Report on inoculation in the plague infected areas of the Punjab and its dependencies from October 1900 to September 1901
Year: 1900
Disease focus: Plague
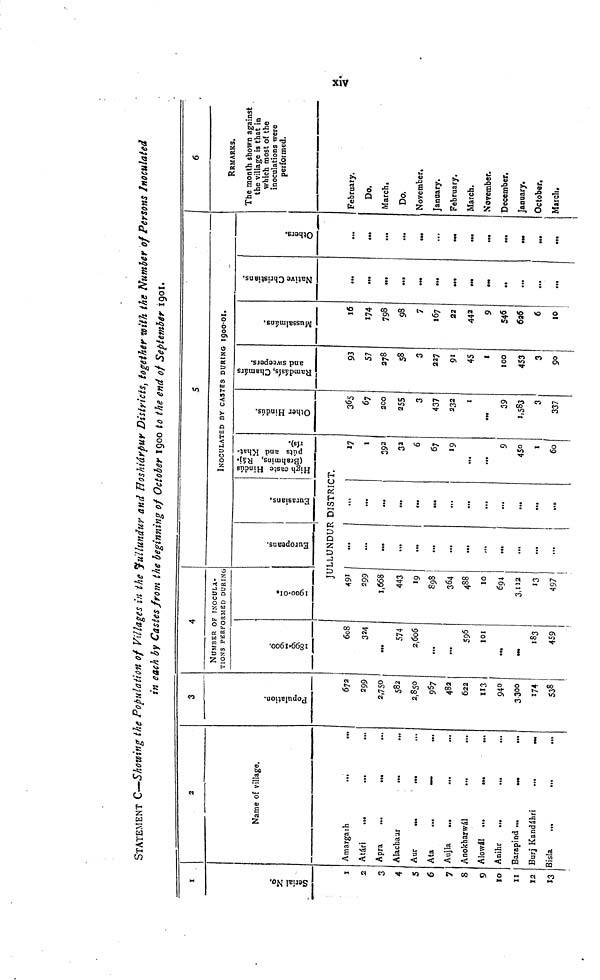
xiv
STATEMENT C—Showing the Population of Villages in the Jullundur and Hoshiárpur Districts, together with the Number of Persons Inoculated
in each by Castes from the beginning of October 1900 to the end of September 1901.
1
Serial No.
1
2
3
4
S
6
7
8
9
10
11
12
13
2
Name of village.
Amargarh
Atári
Apra
Alachaur
Aur
Ata
...
—
Aujla
...
...
...
Anokbarwál
Alowál
Anihr
...
...
Barapind
Burj Kandáhri
Bisla
3
Population.
672
299
2,750
582
2,850
957
482
622
113
940
3300
174
538
4
NUMBER OF INOCULA-
TIONS PERFORMED DURING
1899-1900.
608
324
...
574
2,606
...
...
596
101
183
459
1900-01.
5
Europeans.
Eurasians.
5
INOCULATED BY CASTES DURING 1900-01.
High caste Hindúa
(Brahmins, Ráj-
púts and Khat-
rís).
JULLUNDUR DISTRICT.
491
299
1,668
443
19
898
364
488
10
694
3,112
13
497
...
...
...
...
...
...
...
...
...
...
...
...
...
...
...
...
...
...
...
...
...
17
1
392
33
6
67
19
...
...
9
45°1
60
Other Hindús.
365
67
200
255
3
437
232
1
...
39
1,583
3
337
Ramdásís,
Chamárs and sweepers.
93
57
278
58
3
227
91
45
1
100
453
3
90
Mussalmáns.
16
174
798
98
7
167
22
442
9
546
6a6
6
10
Native Christians.
...
...
...
...
...
...
...
Others.
...
...
...
...
...
...
...
...
...
6
RRMARKS.
The month shown against
the village is that in
which most of the
inoculations were
performed.
February.
Do.
March.
Do.
November,
January.
February.
March.
November.
December.
January.
October.
March.